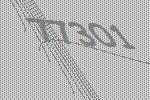
77301